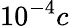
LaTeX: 10^{-4}c